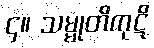
၄။ သမ္မုတိကုဋိ